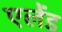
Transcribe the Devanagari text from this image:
एलेंड